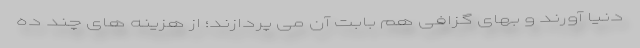
دنیا آورند و بهای گزافی هم بابت آن می پردازند؛ از هزینه های چند ده